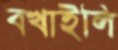
বখাইলি